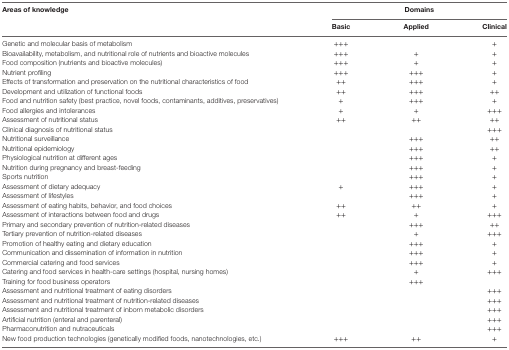
<table><thead><tr><td rowspan="2"><b>Areas of knowledge</b></td><td colspan="3"><b>Domains</b></td></tr><tr><td><b>Basic</b></td><td><b>Applied</b></td><td><b>Clinical</b></td></tr></thead><tbody><tr><td>Genetic and molecular basis of metabolism</td><td>+++</td><td></td><td>+</td></tr><tr><td>Bioavailability, metabolism, and nutritional role of nutrients and bioactive molecules</td><td>+++</td><td>+</td><td>+</td></tr><tr><td>Food composition (nutrients and bioactive molecules)</td><td>+++</td><td>+</td><td>+</td></tr><tr><td>Nutrient profiling</td><td>+++</td><td>+++</td><td>+</td></tr><tr><td>Effects of transformation and preservation on the nutritional characteristics of food</td><td>++</td><td>+++</td><td>+</td></tr><tr><td>Development and utilization of functional foods</td><td>++</td><td>+++</td><td>++</td></tr><tr><td>Food and nutrition safety (best practice, novel foods, contaminants, additives, preservatives)</td><td>+</td><td>+++</td><td>+</td></tr><tr><td>Food allergies and intolerances</td><td>+</td><td>+</td><td>+++</td></tr><tr><td>Assessment of nutritional status</td><td>++</td><td>++</td><td>++</td></tr><tr><td>Clinical diagnosis of nutritional status</td><td></td><td></td><td>+++</td></tr><tr><td>Nutritional surveillance</td><td></td><td>+++</td><td>++</td></tr><tr><td>Nutritional epidemiology</td><td></td><td>+++</td><td>++</td></tr><tr><td>Physiological nutrition at different ages</td><td></td><td>+++</td><td>+</td></tr><tr><td>Nutrition during pregnancy and breast-feeding</td><td></td><td>+++</td><td>+</td></tr><tr><td>Sports nutrition</td><td></td><td>+++</td><td>+</td></tr><tr><td>Assessment of dietary adequacy</td><td>+</td><td>+++</td><td>+</td></tr><tr><td>Assessment of lifestyles</td><td></td><td>+++</td><td>+</td></tr><tr><td>Assessment of eating habits, behavior, and food choices</td><td>++</td><td>++</td><td>+</td></tr><tr><td>Assessment of interactions between food and drugs</td><td>++</td><td>+</td><td>+++</td></tr><tr><td>Primary and secondary prevention of nutrition-related diseases</td><td></td><td>+++</td><td>++</td></tr><tr><td>Tertiary prevention of nutrition-related diseases</td><td></td><td>+</td><td>+++</td></tr><tr><td>Promotion of healthy eating and dietary education</td><td></td><td>+++</td><td>+</td></tr><tr><td>Communication and dissemination of information in nutrition</td><td></td><td>+++</td><td>+</td></tr><tr><td>Commercial catering and food services</td><td></td><td>+++</td><td>+</td></tr><tr><td>Catering and food services in health-care settings (hospital, nursing homes)</td><td></td><td>+</td><td>+++</td></tr><tr><td>Training for food business operators</td><td></td><td>+++</td><td></td></tr><tr><td>Assessment and nutritional treatment of eating disorders</td><td></td><td></td><td>+++</td></tr><tr><td>Assessment and nutritional treatment of nutrition-related diseases</td><td></td><td></td><td>+++</td></tr><tr><td>Assessment and nutritional treatment of inborn metabolic disorders</td><td></td><td></td><td>+++</td></tr><tr><td>Artificial nutrition (enteral and parenteral)</td><td></td><td></td><td>+++</td></tr><tr><td>Pharmaconutrition and nutraceuticals</td><td></td><td></td><td>+++</td></tr><tr><td>New food production technologies (genetically modified foods, nanotechnologies, etc.)</td><td>+++</td><td>++</td><td>+</td></tr></tbody></table>